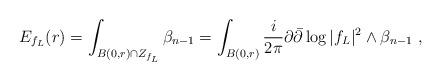
LaTeX: \begin{align*} E_{f_L}(r)=\int_{B(0,r)\cap Z_{f_L}} \beta_{n-1}=\int_{B(0,r)} \frac {i}{2\pi}\partial\bar\partial\log |f_L|^2 \wedge \beta_{n-1}\ ,\end{align*}